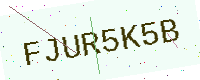
Text: FJUR5K5B